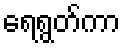
ရေရွတ်ကာ